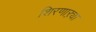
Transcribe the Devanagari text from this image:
शिरणाऱ्या